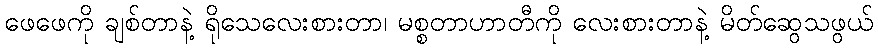
ဖေဖေကို ချစ်တာနဲ့ ရိုသေလေးစားတာ၊ မစ္စတာဟာတီကို လေးစားတာနဲ့ မိတ်ဆွေသဖွယ်